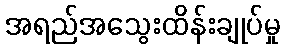
အရည်အသွေးထိန်းချုပ်မှု